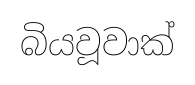
බියවූවාක්